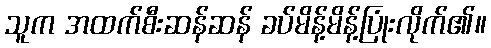
သူက အထက်စီးဆန်ဆန် ခပ်မိန့်မိန့်ပြုံးလိုက်၏။